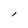
Character: l